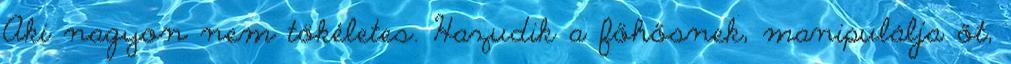
Aki nagyon nem tökéletes. Hazudik a főhősnek, manipulálja őt,